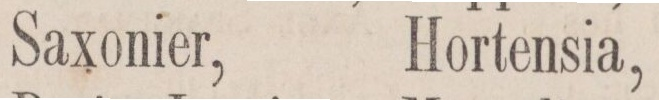
Saxonier,    Hortensia,